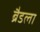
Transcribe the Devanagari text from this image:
ब्रैडला